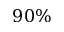
9 0 \%